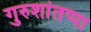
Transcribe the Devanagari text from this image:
गुरुशांतप्पा